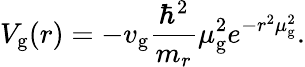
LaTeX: V_{\mathrm{g}}(r)=-v_{\mathrm{g}}\frac{\hbar^{2}}{m_{r}}\mu_{\mathrm{g}}^{2}e^{-r^{2}\mu_{\mathrm{g}}^{2}}.